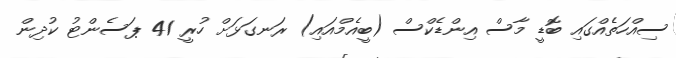
ސިއްހަތެއްގައި ބޮޑީ މާސް އިންޑެކްސް (ބީއެމްއައި) ރަނގަޅަށް ހުރީ 41 ޕަސެންޓު ކުދިން